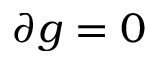
\partial g = 0